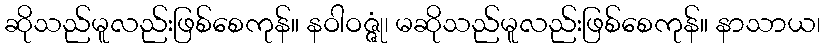
ဆိုသည်မူလည်းဖြစ်စေကုန်။ နဝါဝဇ္ဇုံ၊ မဆိုသည်မူလည်းဖြစ်စေကုန်။ နာသာယ၊